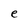
Character: e